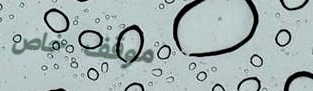
موقف خاص